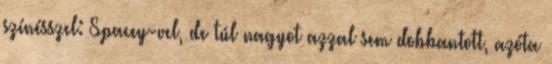
színésszel: Spacey-vel, de túl nagyot azzal sem dobbantott, azóta